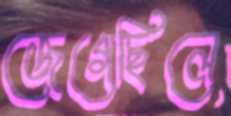
জেগেছিলে